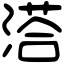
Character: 溚